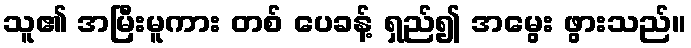
သူ၏ အမြီးမူကား တစ် ပေခန့် ရှည်၍ အမွေး ဖွားသည်။